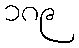
၁၈၉